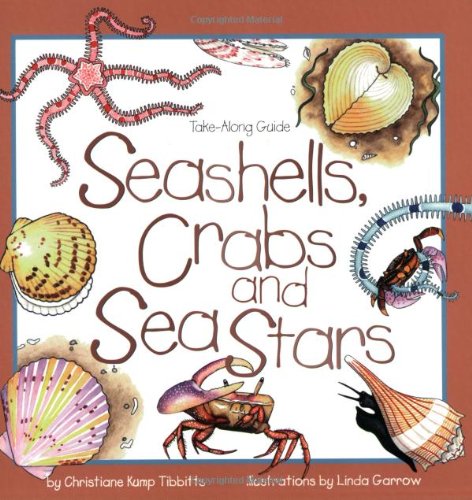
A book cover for Seashells, Crabs and Sea Stars: Take-Along Guide (Take Along Guides); Christiane Kump Tibbitts; Science & Math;